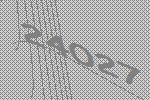
24027